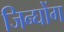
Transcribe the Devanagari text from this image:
जिन्घोंग